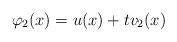
\begin{align*}\varphi_2(x)=u(x)+tv_2(x) \end{align*}